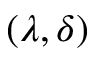
( \lambda , \delta )